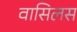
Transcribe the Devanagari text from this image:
वासिलस